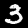
Label: 3